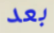
بعد